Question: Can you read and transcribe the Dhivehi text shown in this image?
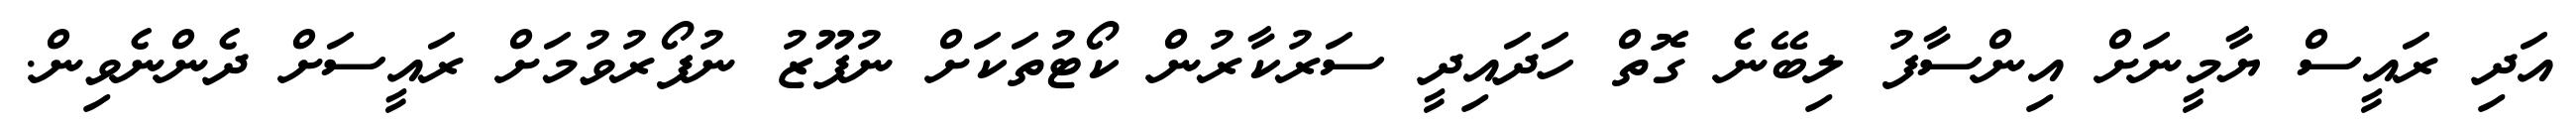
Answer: އަދި ރައީސް ޔާމީނަށް އިންސާފު ލިބޭނެ ގޮތް ހަދައިދީ ސަރުކާރުން ކޯޓުތަކަށް ނުފޫޒު ނުފޯރުވުމަށް ރައީސަށް ދެންނެވިން.